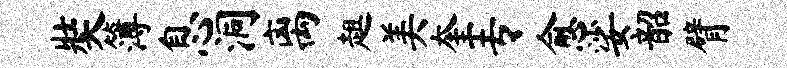
奘簿息洞离趄美奎专愈娑韶臂